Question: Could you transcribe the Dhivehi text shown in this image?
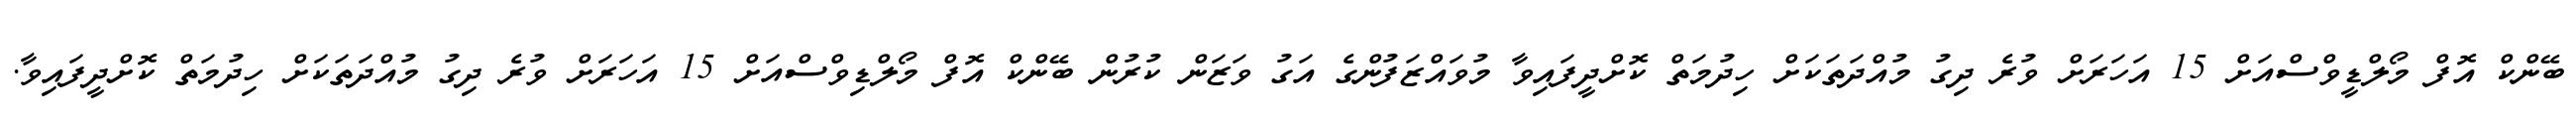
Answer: ބޭންކް އޮފް މޯލްޑީވްސްއަށް 15 އަހަރަށް ވުރެ ދިގު މުއްދަތަކަށް ހިދުމަތް ކޮށްދީފައިވާ މުވައްޒަފުންގެ އަގު ވަޒަން ކުރުން ބޭންކް އޮފް މޯލްޑިވްސްއަށް 15 އަހަރަށް ވުރެ ދިގު މުއްދަތަކަށް ހިދުމަތް ކޮށްދީފައިވާ.